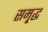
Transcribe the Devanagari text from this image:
समृ्द्ध